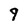
Character: 9